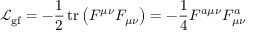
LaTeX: { \mathcal { L } } _ { \mathrm { g f } } = - { \frac { 1 } { 2 } } \operatorname { t r } \left( F ^ { \mu \nu } F _ { \mu \nu } \right) = - { \frac { 1 } { 4 } } F ^ { a \mu \nu } F _ { \mu \nu } ^ { a }